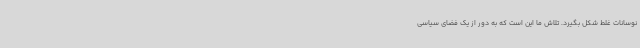
نوسانات غلط شکل بگیرد. تلاش ما این است که به دور از یک فضای سیاسی